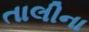
તાલીના